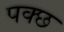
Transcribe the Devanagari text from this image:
पक्छ